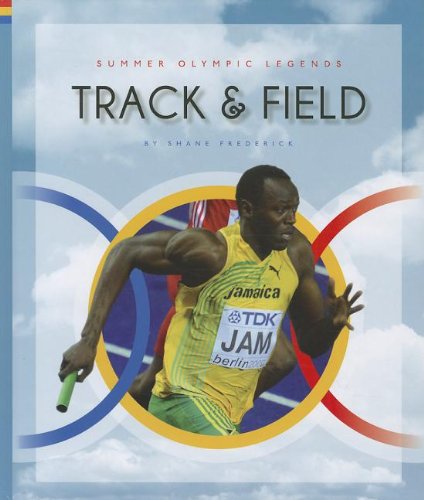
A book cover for Track & Field (Summer Olympic Legends); Shane Frederick; Children's Books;